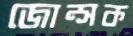
জোন্সক